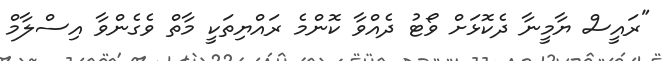
"ރައީސް ޔާމީނާ ދެކޮޅަށް ވޯޓު ދެއްވާ ކޮންމެ ރައްޔިތަކީ މާތް ވެގެންވާ އިސްލާމް